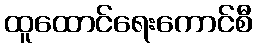
ထူထောင်ရေးကောင်စီ